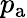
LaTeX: p_{\mathrm{a}}